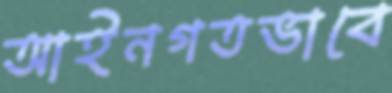
আইনগতভাবে